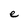
Character: e